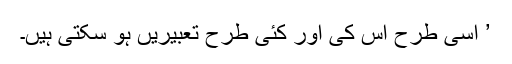
’ اسی طرح اس کی اور کئی طرح تعبیریں ہو سکتی ہیں۔